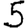
Digit: 5